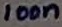
Text: 100n